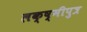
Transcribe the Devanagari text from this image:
लक्ष्मीपुत्र